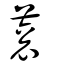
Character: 蓘